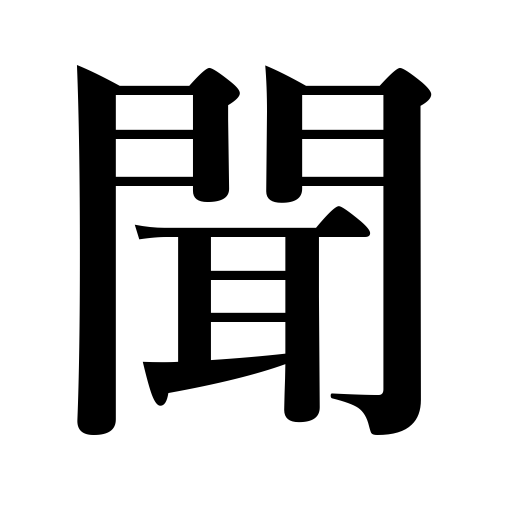
Meanings: learn of,follow advice,be reasonable,be heard,sound,be well known,inquire,seem,hear,listen to,ring